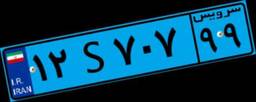
۱۲S۷۰۷۹۹